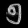
Digit: ၅